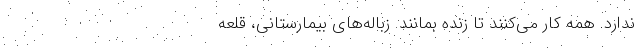
ندارد. همه کار می‌کنند تا زنده بمانند. زباله‌های بیمارستانی، قلعه